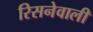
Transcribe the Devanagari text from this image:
रिसनेवाली